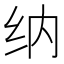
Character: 纳